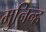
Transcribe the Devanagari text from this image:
मुनिन्ह